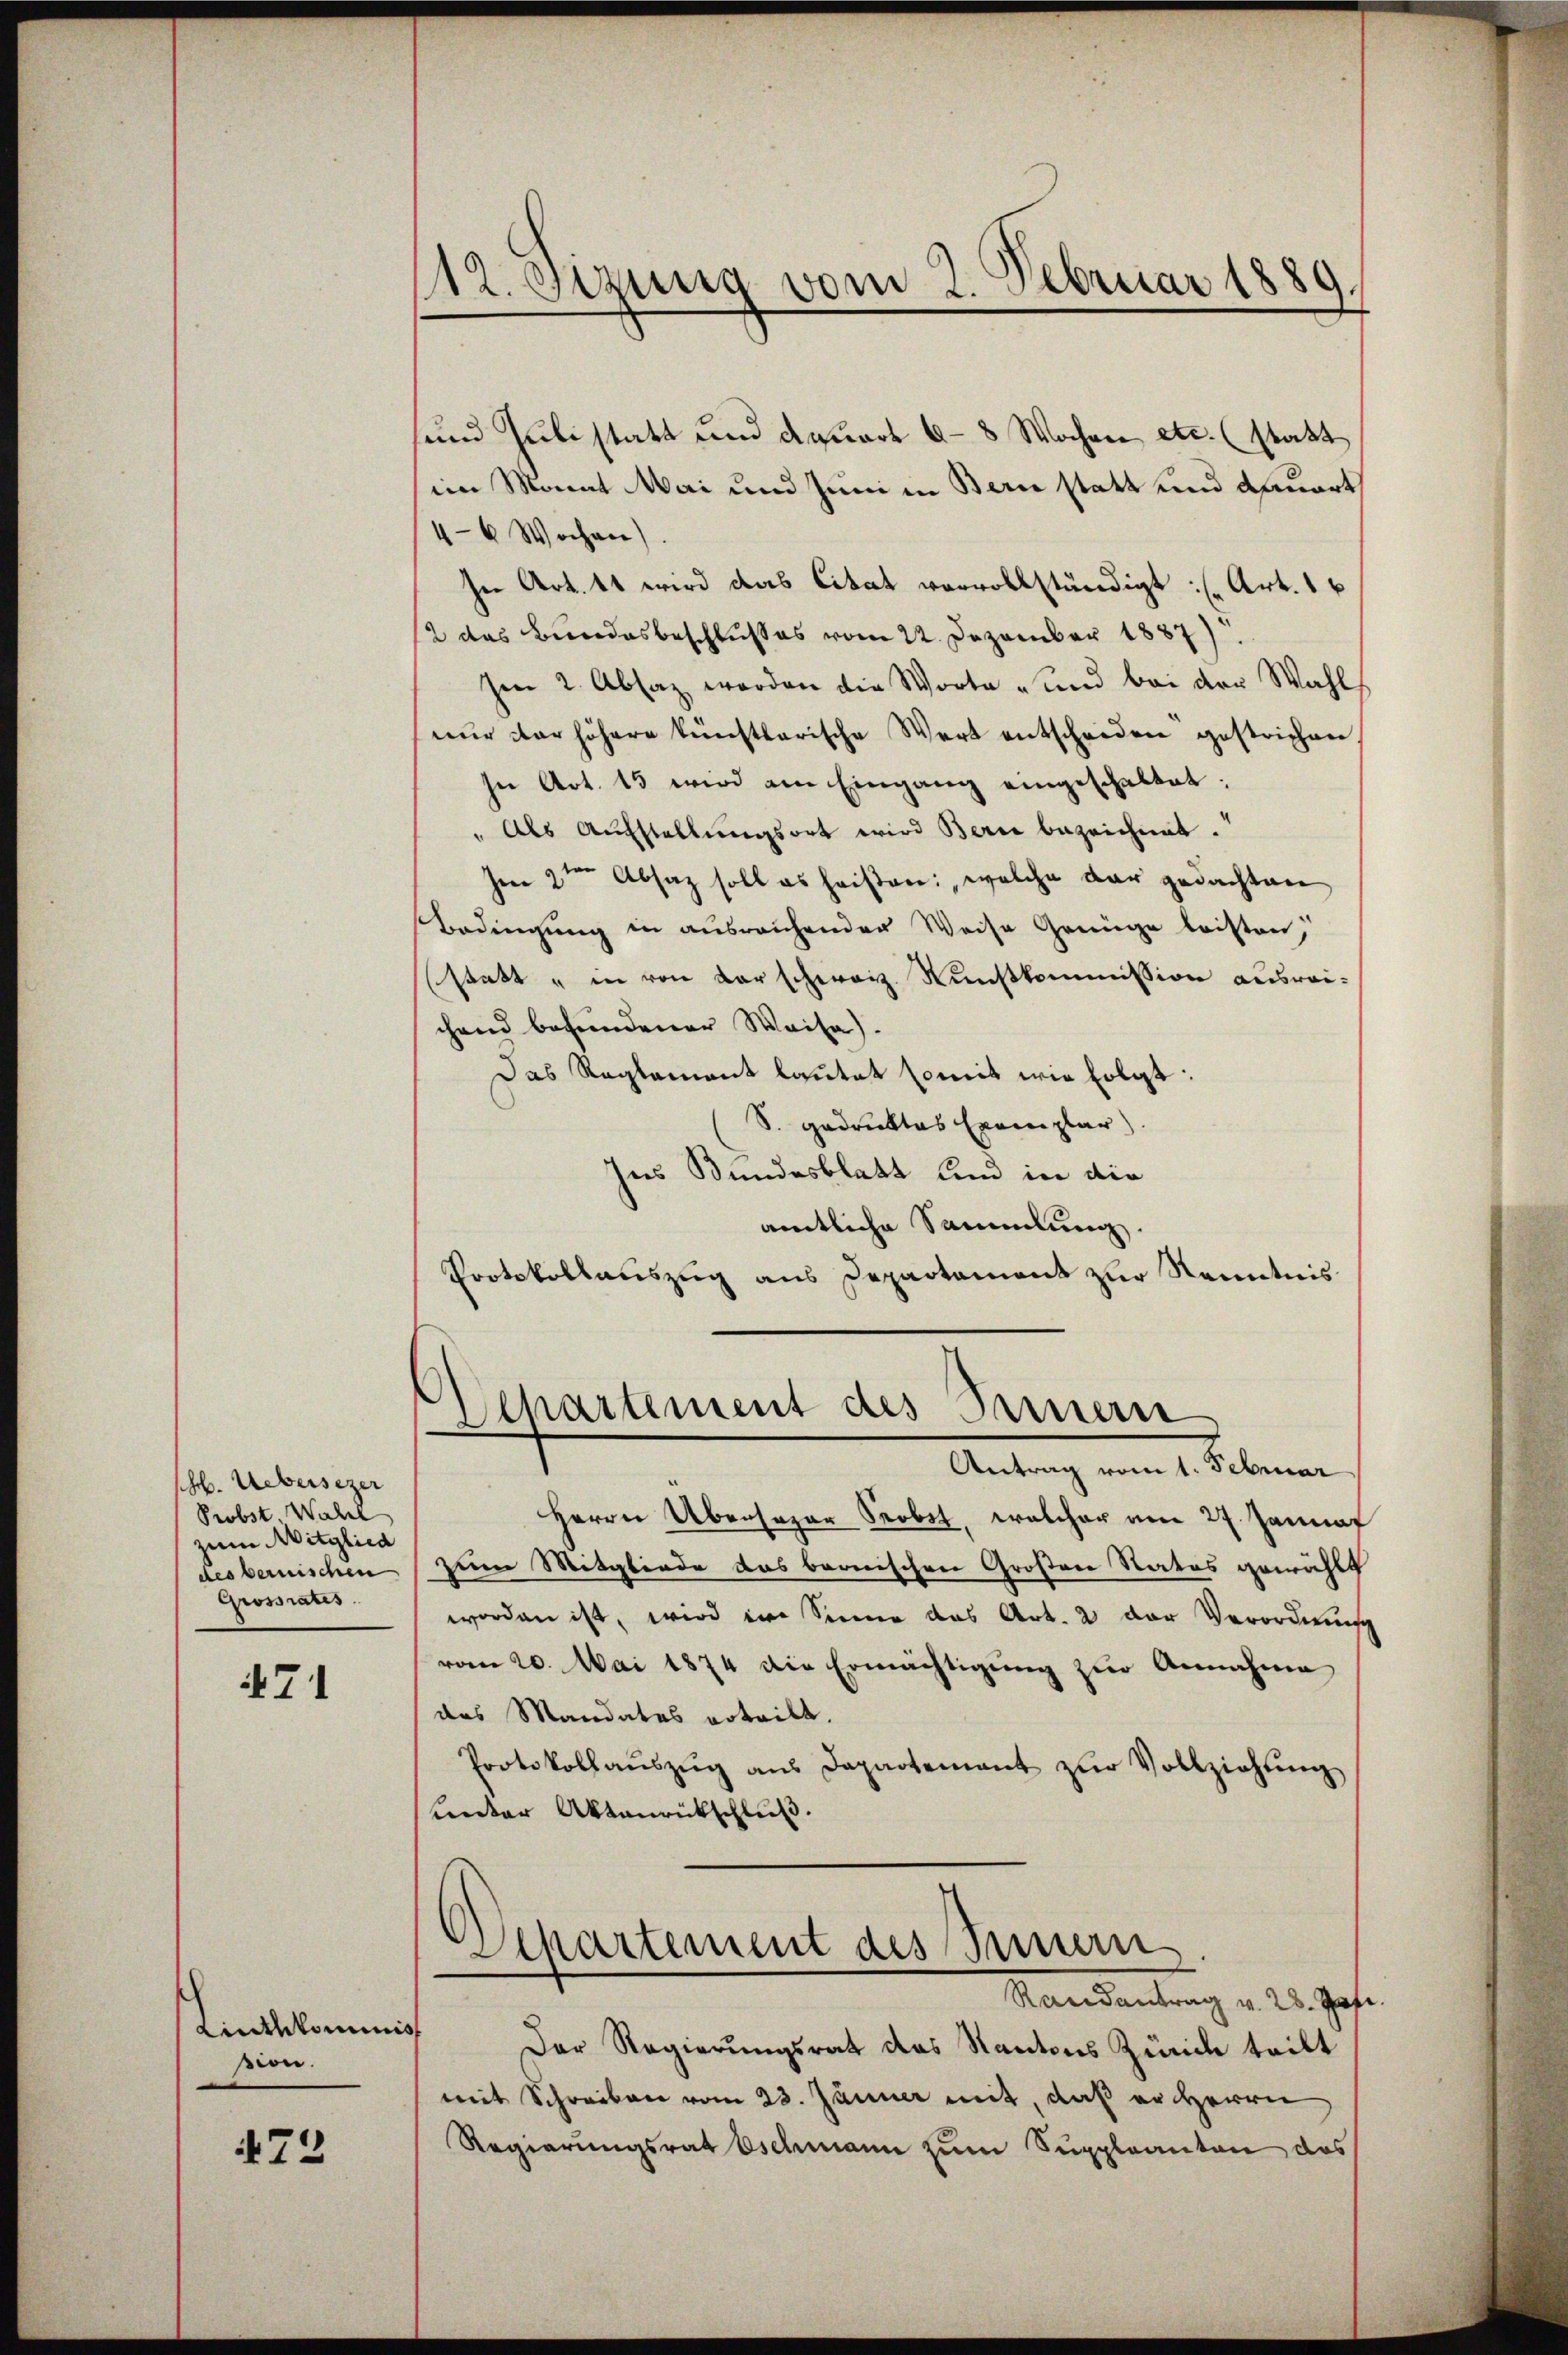
sch. Uebersezer
Probst. Wahl
zum Mitglied
des bernischen
Grossrates

71

Linthkominis
sion.

473

12. Segung vom 2. Februar 1889

sund Julistatt und Aquart 6–8 Wochen etc. (statt
im Monat Mai und Juni in Bern statt und dauert
4-6 Wochen).
In Art. 11 wird das Citat vervollständigt: (Art. 1
2 das Bundesbeschlußes vom 22. Dezember 1887)
Im 2. Absaz werden die Worte „und bei der Wahl
nŭr der höhere künstlerische Wert entscheiden gestrichen
In Art. 13 wird am Eingang eingeschaltet:
" Als Aŭfstellungsort wird Bern bezeichnet.
Im 2ten Absaz soll es heißen: welche dar gedachten
Bedingung in ausreichender Weise Genüge leisten,
statt „in von der schweiz. Kunstkommission ausreichend befundener Weise).
Das Reglement lautet somit wie folgt:
S. gedruktes Exemplar
Ins Bundesblatt und in die
amtliche Sammlung.
Protokollauszug aus Departament zur Kenntnis
Departement des Bernern
Antrag vom 1. Februar
Herrn Abersager Probst, welcher am 27. Jannat
zum Mitgliede das bernischen Großen Rates gewählt
worden ist, wird im Sinne das Art. 2 der Verordnung
vom 20. Mai 1874 die Ermächtigung zur Annahme
das Mandates erteilt.
Protokollaŭszŭg ans Departement zŭr Vollziehŭng
Lnter Aktenrückschluß.
Separtement des Innern
Randantrag v. 28. Pose.
Der Regierungsrat das Kantons Zürich teilt
mit Schreiben vom 23. Jänner mit, daß er Herrn
Regierungsrat Eschmann zum Suppleanton des